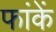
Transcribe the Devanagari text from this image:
फांकें